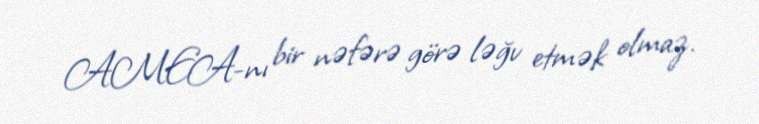
AMEA-nı bir nəfərə görə ləğv etmək olmaz.